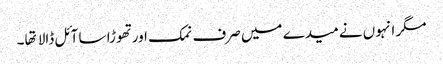
مگر انہوں نے میدے میں صرف نمک اور تهوڑا سا آئل ڈالا تها۔